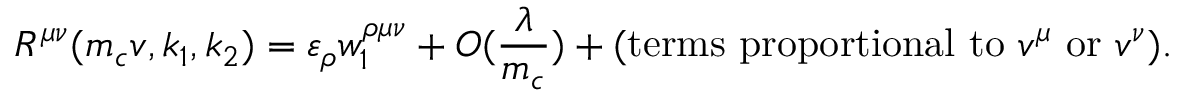
R ^ { \mu \nu } ( m _ { c } v , k _ { 1 } , k _ { 2 } ) = \varepsilon _ { \rho } w _ { 1 } ^ { \rho \mu \nu } + { \cal O } ( \frac { \lambda } { m _ { c } } ) + ( \mathrm { t e r m s \ p r o p o r t i o n a l \ t o \ } v ^ { \mu } \ \mathrm { o r } \ v ^ { \nu } ) .